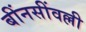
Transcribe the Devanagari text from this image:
बींनसींवल्ली